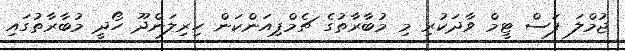
ޖުމްލަ ފަސް ޓީމް ވާދަކުރި މި މުބާރާތުގެ ޗެމްޕިއަންކަން ހިރިލަންދޫ ހޯދީ މުބާރާތުގައި